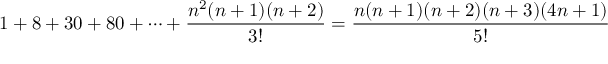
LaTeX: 1 + 8 + 3 0 + 8 0 + \cdots + { \frac { n ^ { 2 } ( n + 1 ) ( n + 2 ) } { 3 ! } } = { \frac { n ( n + 1 ) ( n + 2 ) ( n + 3 ) ( 4 n + 1 ) } { 5 ! } }